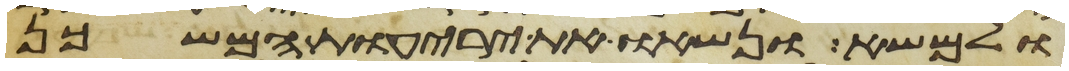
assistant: ולמשא ונשאו את יריעות המשכן